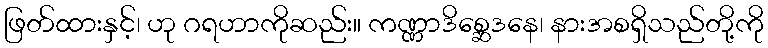
ဖြတ်ထားနှင့်၊ ဟု ဂရဟာကိုဆည်း။ ကဏ္ဏာဒိစ္ဆေဒနေ၊ နားအစရှိသည်တို့ကို